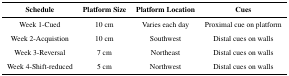
<table><thead><tr><td><b>Schedule</b></td><td><b>Platform Size</b></td><td><b>Platform Location</b></td><td><b>Cues</b></td></tr></thead><tbody><tr><td>Week 1-Cued</td><td>10 cm</td><td>Varies each day</td><td>Proximal cue on platform</td></tr><tr><td>Week 2-Acquistion</td><td>10 cm</td><td>Southwest</td><td>Distal cues on walls</td></tr><tr><td>Week 3-Reversal</td><td>7 cm</td><td>Northeast</td><td>Distal cues on walls</td></tr><tr><td>Week 4-Shift-reduced</td><td>5 cm</td><td>Northwest</td><td>Distal cues on walls</td></tr></tbody></table>